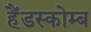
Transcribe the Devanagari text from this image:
हैंडस्कोम्ब